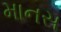
માનસ